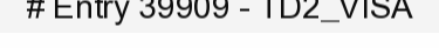
# Entry 39909 - TD2_VISA